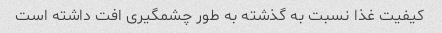
کیفیت غذا نسبت به گذشته به طور چشمگیری افت داشته است